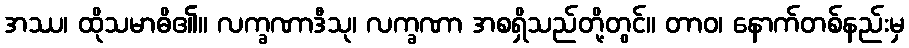
အဿ၊ ထိုသမာဓိ၏။ လက္ခဏာဒီသု၊ လက္ခဏာ အစရှိသည်တို့တွင်။ တာဝ၊ နောက်တစ်နည်းမှ